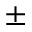
^ \pm